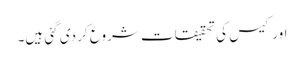
اور کیس کی تحقیقات شروع کر دی گئی ہیں۔